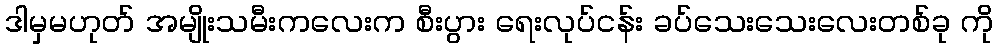
ဒါမှမဟုတ် အမျိုးသမီးကလေးက စီးပွား ရေးလုပ်ငန်း ခပ်သေးသေးလေးတစ်ခု ကို